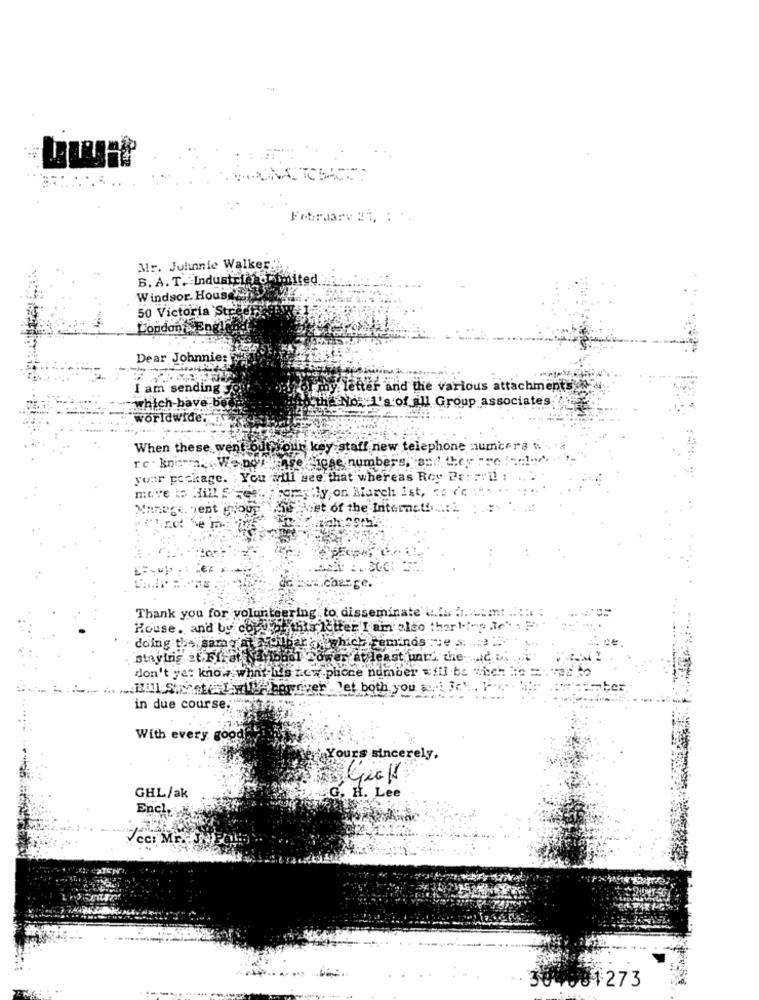
MATCHA .
February 27, :
Ar. Johnnie Walker.
B. A. T. Industrialo ty
ted
Windsor. House
50 Victoria Stre
London'S En
Dear Johnnie:
I am sending
letter and the various attachments
which-)
ave
he No. 1's of all Group associates.
When these went
buk key staff new telephone numbers
rc
Wigse numbers, and
your p
chage. You will see that whereas Roy Da
My,on March ist, as
move
sent iniou
Het of the Interneti ..
but.change.
Thank you for volunteering to disseminate
House. and by copy
Butthis letter I am also
doing the same at roubar ( which reminds
staying at.Firat Nayibbol sower at least unt
don't yet know what Its new phone number
.. Bull Sty Ly le bowmver Jet both you
in due course,
With every good
Yours sincerely.
GHL/ak
G. H. Lee
Encl
cc: M
304001273